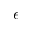
\epsilon